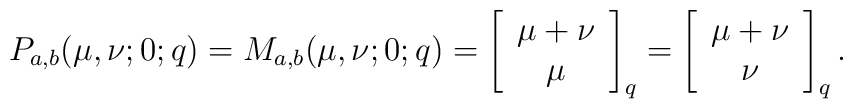
P_{a,b}(\mu , \nu ; 0 ; q)=M_{a,b}(\mu , \nu ; 0 ; q)=\left[ \begin{array}{c}\mu + \nu \\ \mu \end{array}\right]_q=\left[ \begin{array}{c}\mu + \nu \\ \nu \end{array}\right]_q .